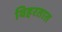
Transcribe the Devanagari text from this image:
विहरतात